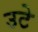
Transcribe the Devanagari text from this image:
उटे